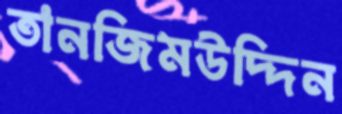
তানজিমউদ্দিন